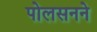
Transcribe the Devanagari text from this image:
पोलसनने